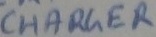
Text: CHARGER